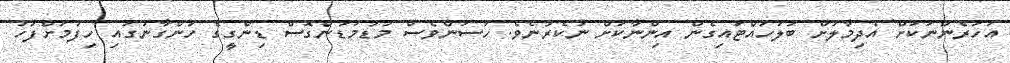
އަހަރެންނަކަށް އެދިމާލަށް ބަލަހައްޓައިގެން އިންނާކަށް ނުކެރުނެވެ. ހަސަންވެސް މަޑުމަޑުންގޮސް ޑިންގީގެ ހުންގާނުގައި ހިފުމަށްފަހު